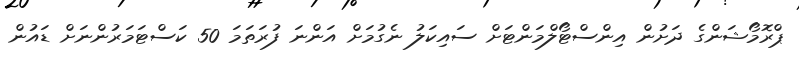
ޕްރޮމޯޝަންގެ ދަށުން އިންސްޓޯލްމަންޓަށް ސައިކަލު ނެގުމަށް އަންނަ ފުރަތަމަ 50 ކަސްޓަމަރުންނަށް ޑައުން